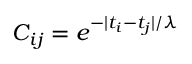
C _ { i j } = e ^ { - | t _ { i } - t _ { j } | / \lambda }